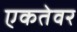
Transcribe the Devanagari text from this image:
एकतेवर